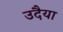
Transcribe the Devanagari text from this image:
उदैया